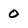
Character: 0